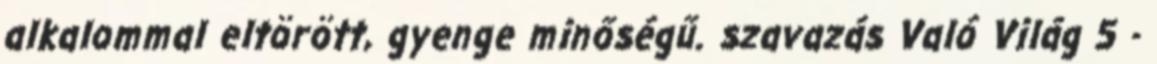
alkalommal eltörött, gyenge minőségű. szavazás Való Világ 5 -